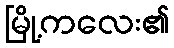
မြို့ကလေး၏